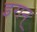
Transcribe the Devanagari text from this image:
इरान्